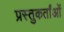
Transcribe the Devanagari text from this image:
प्रस्तुकर्तांओं